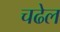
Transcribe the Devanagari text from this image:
चढेल